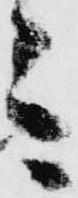
ミ